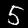
Label: 5